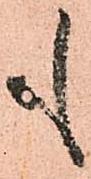
も